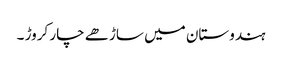
ہندوستان میں ساڑھے چار کروڑ ۔